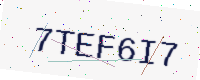
Text: 7TEF6I7